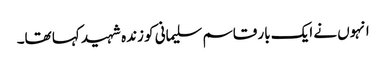
انہوں نے ایک بار قاسم سلیمانی کو زندہ شہید کہا تھا۔